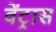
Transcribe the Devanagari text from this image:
वेंट्रास